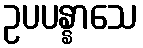
ဥပပန္နာသေ